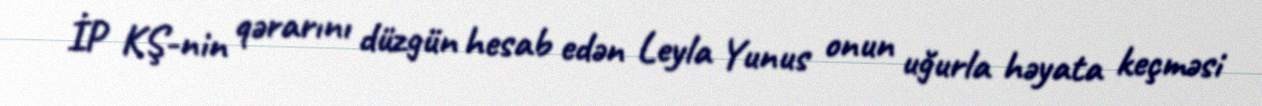
İP KŞ-nin qərarını düzgün hesab edən Leyla Yunus onun uğurla həyata keçməsi